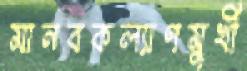
মানবকল্যাণমুখী